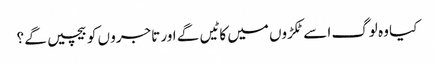
کیا وہ لوگ ا سے ٹکڑوں میں کا ٹیں گے اور تاجرو ں کو بیچیں گے ؟